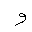
Letter: _waw